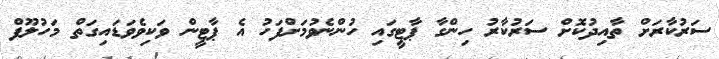
ސަރުކާރަށް ތާއިދުކޮށް ސަރުކާރު ހިންގާ ޕާޓީގައި ހުންނެވުމަށްފަހު އެ ޕާޓީން ވަކިވެވަޑައިގަތް މަހުލޫފް